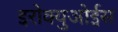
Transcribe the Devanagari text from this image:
इरोक्युओईस